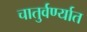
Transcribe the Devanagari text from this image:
चातुर्वर्ण्यात